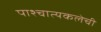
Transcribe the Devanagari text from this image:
पाश्चात्यकलेची